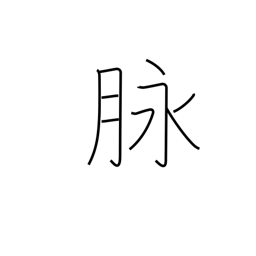
Meaning: vein (blood, ore)